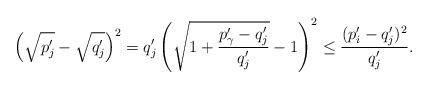
LaTeX: \begin{align*}\left( \sqrt{p'_j} - \sqrt{q'_j}\right)^2 &= q'_j\left( \sqrt{1 + \frac{p'_\gamma - q'_j}{q'_j}} - 1 \right)^2 \leq \frac{(p'_i - q'_j)^2}{q'_j}.\end{align*}